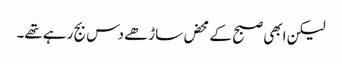
لیکن ابھی صبح کے محض ساڑھے دس بج رہے تھے۔